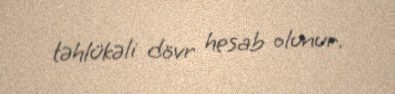
təhlükəli dövr hesab olunur.